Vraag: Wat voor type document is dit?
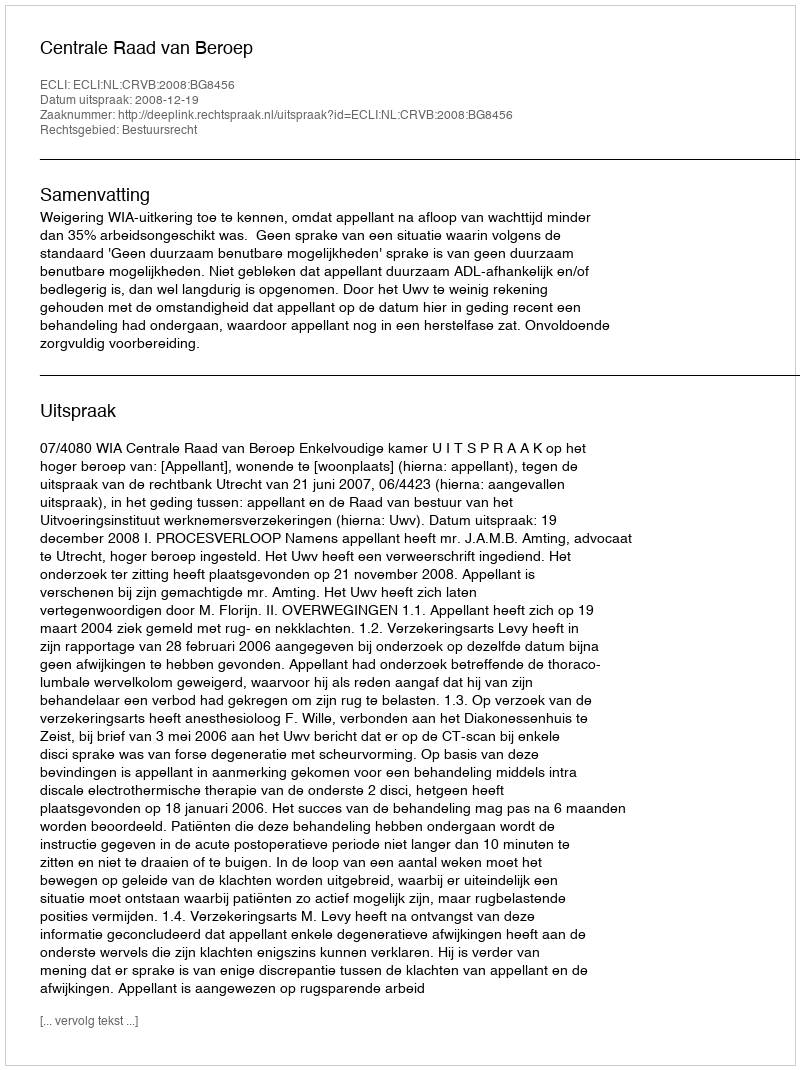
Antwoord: Uitspraak